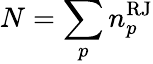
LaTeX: N=\sum_{p}n_{p}^{\mathrm{RJ}}